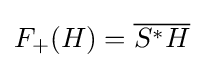
F_{+}(H)={\overline {S^{*}H}}